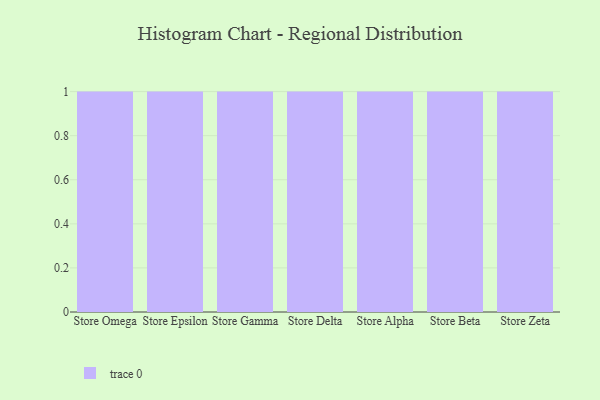
{"axis": {"x": "Store", "y": "Tickets Resolved"}, "legend": [""], "data": [{"x": "Store Omega", "y": 57, "type": ""}, {"x": "Store Epsilon", "y": 35, "type": ""}, {"x": "Store Gamma", "y": 16, "type": ""}, {"x": "Store Delta", "y": 35, "type": ""}, {"x": "Store Alpha", "y": 47, "type": ""}, {"x": "Store Beta", "y": 85, "type": ""}, {"x": "Store Zeta", "y": 80, "type": ""}]}